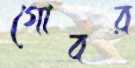
গোবর